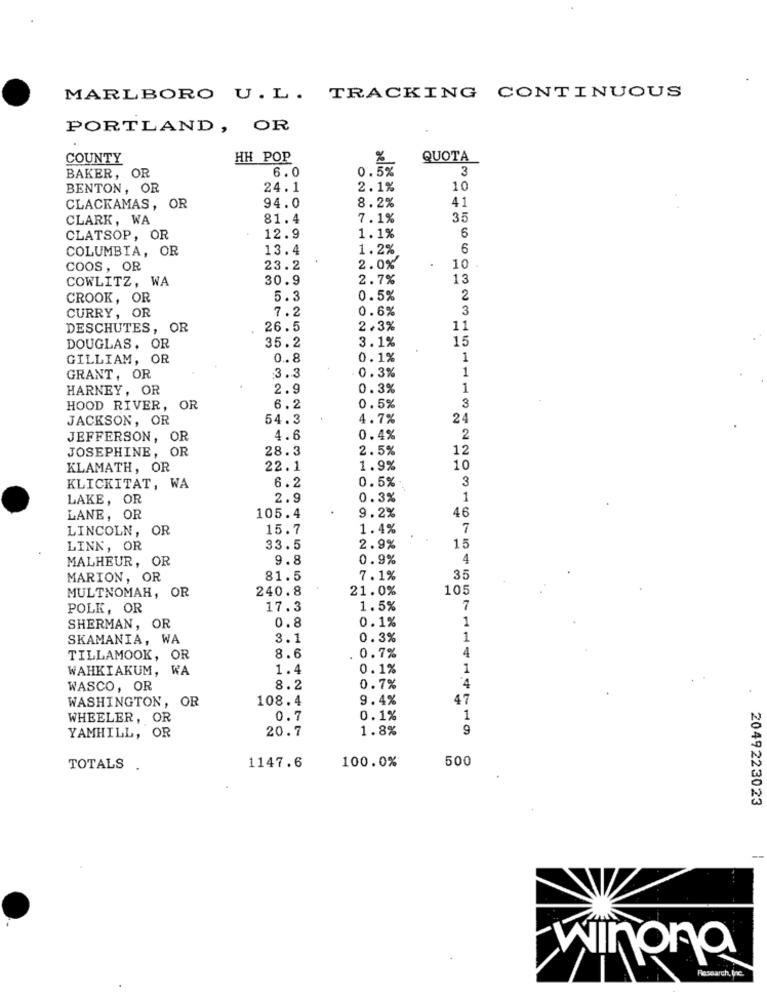
MARLBORO U.L. TRACKING CONTINUOUS
PORTLAND, OR
COUNTY
HH POP
QUOTA
6.0
0. 5%
3
BAKER, OR
BENTON, OR
24.1
2.1%
10
41
CLACKAMAS, OR
94.0
8.2%
CLARK, WA
81.4
7.1%
35
CLATSOP, OR
12.9
1.1%
6
COLUMBIA, OR
13.4
1.2%
6
COOS, OR
23.2
2.0%
10
COWLITZ, WA
30.9
2.7%
13
CROOK, OR
5.3
0.5%
2
CURRY, OR
7.2
0.6%
3
DESCHUTES, OR
26.5
2.3%
11
3.1%
15
DOUGLAS, OR
35.2
GILLIAM, OR
0.8
0.1%
1
3.3
0.3%
1
GRANT, OR
HARNEY, OR
2.9
0.3%
1
HOOD RIVER,
OR
6.2
0.5%
3
JACKSON, OR
54.3
4.7%
24
JEFFERSON, OR
4.6
0.4%
2
28.3
2.5%
12
JOSEPHINE, OR
KLAMATH, OR
22.1
1.9%
10
6.2
0.5%
3
KLICKITAT, WA
LAKE, OR
2.9
0.3%
1
9.2%
46
LANE, OR
105.4
LINCOLN, OR
15.7
1.4%
7
LINK, OR
33.5
2.9%
15
MALHEUR, OR
9.8
0.9%
4
MARION, OR
81.5
7.1%
35
240.8
21.0%
105
MULTNOMAH, OR
POLK, OR
17.3
1.5%
7
0.8
0.1%
1
SHERMAN, OR
SKAMANIA, WA
3.1
0.3%
1
4
TILLAMOOK, OR
8.6
0.7%
WAHKIAKUM, WA
1.4
0.1%
1
WASCO, OR
8.2
0.7%
4
WASHINGTON, OR
108.4
9.4%
4%
WHEELER, OR
0.7
0.1%
1
20.7
1.8%
9
YAMHILL, OR
1147.6
100.0%
500
TOTALS
2049223023
-
winona
Research, Inc.